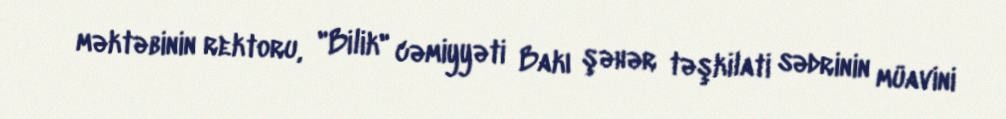
məktəbinin rektoru, "Bilik" cəmiyyəti Bakı şəhər təşkilati sədrinin müavini